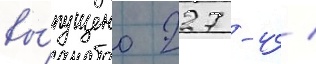
вы́пущено 227 -4 /